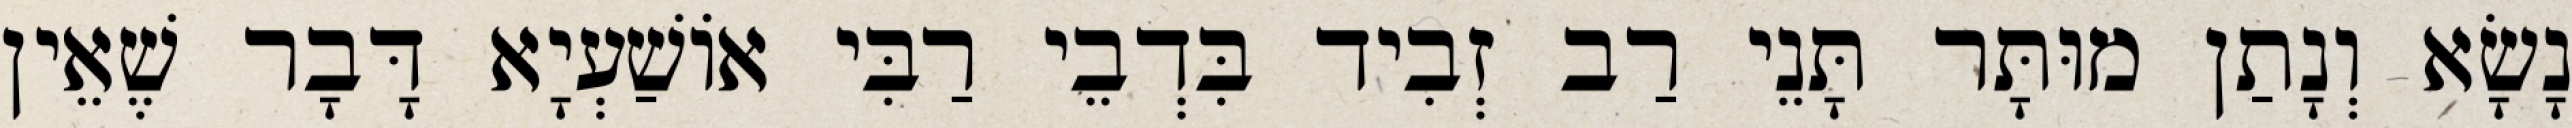
נָשָׂא וְנָתַן מוּתָּר תָּנֵי רַב זְבִיד בִּדְבֵי רַבִּי אוֹשַׁעְיָא דָּבָר שֶׁאֵין